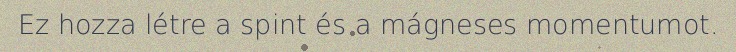
Ez hozza létre a spint és a mágneses momentumot.